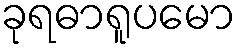
ခုရဓာရူပမော